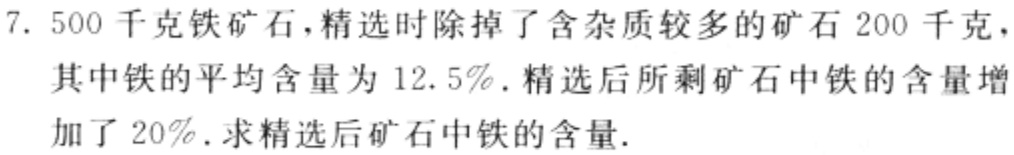
7. 500千克铁矿石，精选时除掉了含杂质较多的矿石200千克，其中铁的平均含量为12.5%．精选后所剩矿石中铁的含量增加了20%．求精选后矿石中铁的含量．